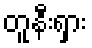
တူနီးရှား